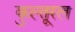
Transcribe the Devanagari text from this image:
कुल्तूरल